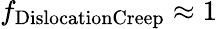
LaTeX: f_{\mathrm{DislocationCreep}}\approx 1